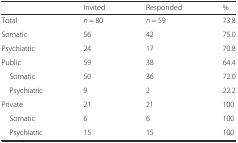
<table><thead><tr><td></td><td><b>Invited</b></td><td><b>Responded</b></td><td><b>%</b></td></tr></thead><tbody><tr><td>Total</td><td><i>n</i> = 80</td><td><i>n</i> = 59</td><td>73.8</td></tr><tr><td>Somatic</td><td>56</td><td>42</td><td>75.0</td></tr><tr><td>Psychiatric</td><td>24</td><td>17</td><td>70.8</td></tr><tr><td>Public</td><td>59</td><td>38</td><td>64.4</td></tr><tr><td> Somatic</td><td>50</td><td>36</td><td>72.0</td></tr><tr><td> Psychiatric</td><td>9</td><td>2</td><td>22.2</td></tr><tr><td>Private</td><td>21</td><td>21</td><td>100</td></tr><tr><td> Somatic</td><td>6</td><td>6</td><td>100</td></tr><tr><td> Psychiatric</td><td>15</td><td>15</td><td>100</td></tr></tbody></table>